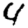
Digit: 4